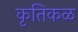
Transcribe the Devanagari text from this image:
कृतिकळ